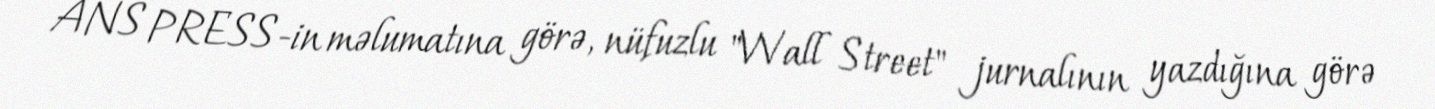
ANS PRESS-in məlumatına görə, nüfuzlu "Wall Street" jurnalının yazdığına görə